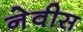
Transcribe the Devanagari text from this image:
नेवीस